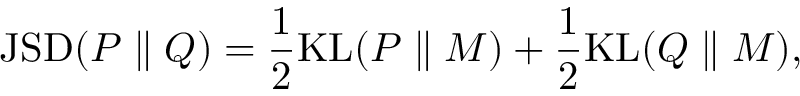
\mathrm { J S D } ( P \parallel Q ) = \frac { 1 } { 2 } \mathrm { K L } ( P \parallel M ) + \frac { 1 } { 2 } \mathrm { K L } ( Q \parallel M ) ,